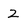
Character: 2